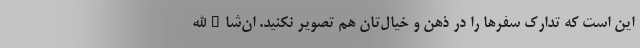
این است که تدارک سفرها را در ذهن و خیال‌تان هم تصویر نکنید. ان‌شاءالله